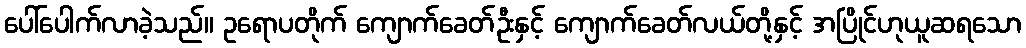
ပေါ်ပေါက်လာခဲ့သည်။ ဥရောပတိုက် ကျောက်ခေတ်ဦးနှင့် ကျောက်ခေတ်လယ်တို့နှင့် အပြိုင်ဟုယူဆရသော